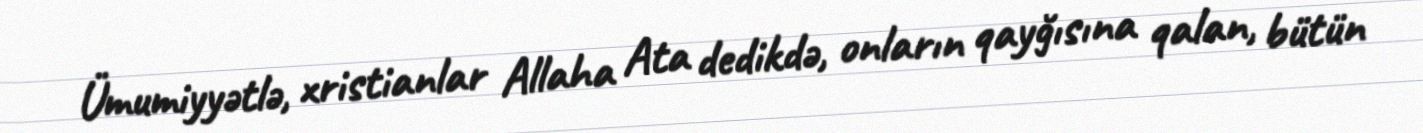
Ümumiyyətlə, xristianlar Allaha Ata dedikdə, onların qayğısına qalan, bütün